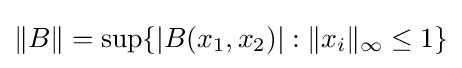
\|B\|=\sup\{|B(x_{1},x_{2})|:\|x_{i}\|_{\infty }\leq 1\}